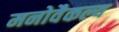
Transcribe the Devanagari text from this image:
मनोवैकल्य